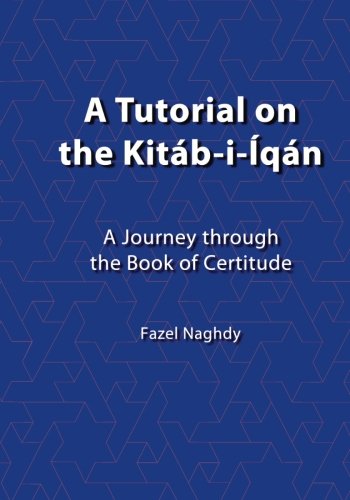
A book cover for A tutorial on the KitÃ¡b-i-ÃEqÃ¡n: A journey through the Book of Certitude; Fazel Naghdy; Religion & Spirituality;